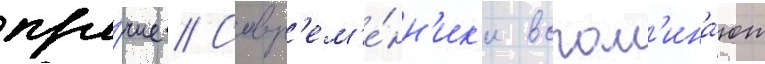
про́чие // Совр'ем'е́нн'ик'и вспом'ина́ют